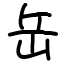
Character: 岳